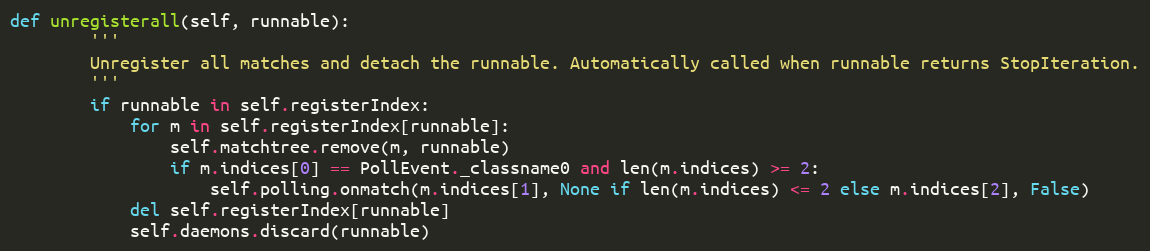
Language: Python
def unregisterall(self, runnable):
        '''
        Unregister all matches and detach the runnable. Automatically called when runnable returns StopIteration.
        '''
        if runnable in self.registerIndex:
            for m in self.registerIndex[runnable]:
                self.matchtree.remove(m, runnable)
                if m.indices[0] == PollEvent._classname0 and len(m.indices) >= 2:
                    self.polling.onmatch(m.indices[1], None if len(m.indices) <= 2 else m.indices[2], False)
            del self.registerIndex[runnable]
            self.daemons.discard(runnable)